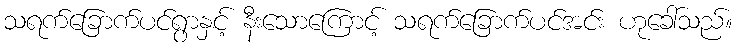
သရက်ခြောက်ပင်ရွာနှင့် နီးသောကြောင့် သရက်ခြောက်ပင်အင်း ဟုခေါ်သည်။